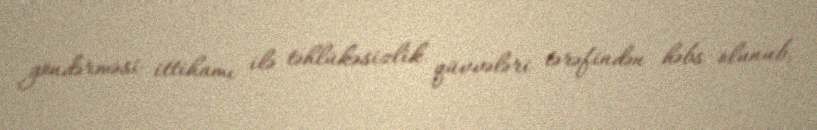
göndərməsi ittihamı ilə təhlükəsizlik qüvvələri tərəfindən həbs olunub.